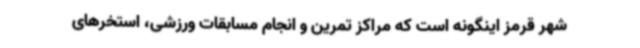
شهر قرمز اینگونه است که مراکز تمرین و انجام مسابقات ورزشی، استخرهای